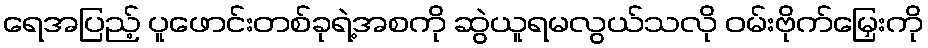
ရေအပြည့် ပူဖောင်းတစ်ခုရဲ့အစကို ဆွဲယူရမလွယ်သလို ဝမ်းဗိုက်မြှေးကို